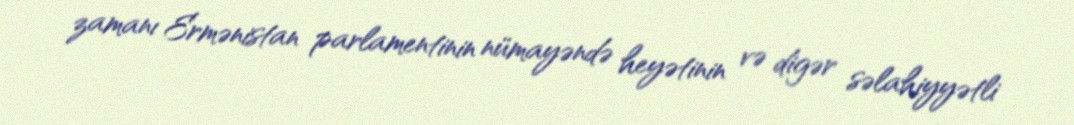
zamanı Ermənistan parlamentinin nümayəndə heyətinin və digər səlahiyyətli